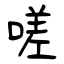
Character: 嗟